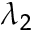
\lambda _ { 2 }